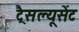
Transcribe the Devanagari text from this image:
ट्रैसल्यूसेंट